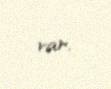
var.